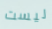
ليست